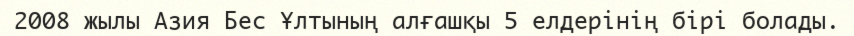
2008 жылы Азия Бес Ұлтының алғашқы 5 елдерінің бірі болады.